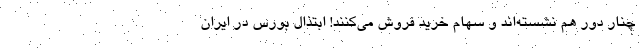
چنار دور هم نشسته‌اند و سهام خرید فروش می‌کنند! ابتذال بورس در ایران